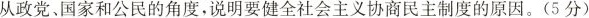
从政党、国家和公民的角度，说明要健全社会主义协商民主制度的原因。(5分)